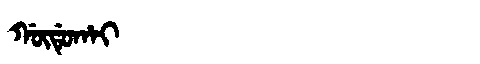
Manchu: ᡤᡡᡩᡠᡥᠠᡳ
Romanization: GŪDUHAI